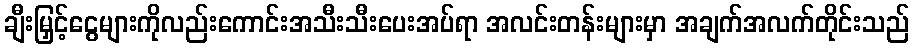
ချီးမြှင့်ငွေများကိုလည်းကောင်းအသီးသီးပေးအပ်ရာ အလင်းတန်းများမှာ အချက်အလက်တိုင်းသည်